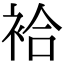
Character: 袷